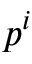
p ^ { i }